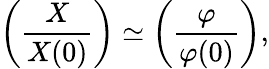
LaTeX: \left(\frac{X}{X(0)}\right)\simeq\left(\frac{\varphi}{\varphi(0)}\right),